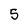
Character: 5